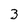
Character: 3